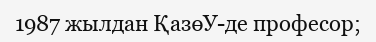
1987 жылдан ҚазөУ-де професор;